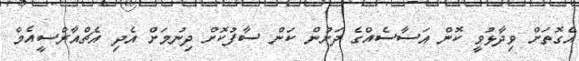
އެގޮތަށް ވިދާޅުވީ ކޮން އަސާސެއްގެ ދަށުން ކަން ސާފުކޮށް ދިނުމަށް އެދި އެޗްއާރްސީއެމް